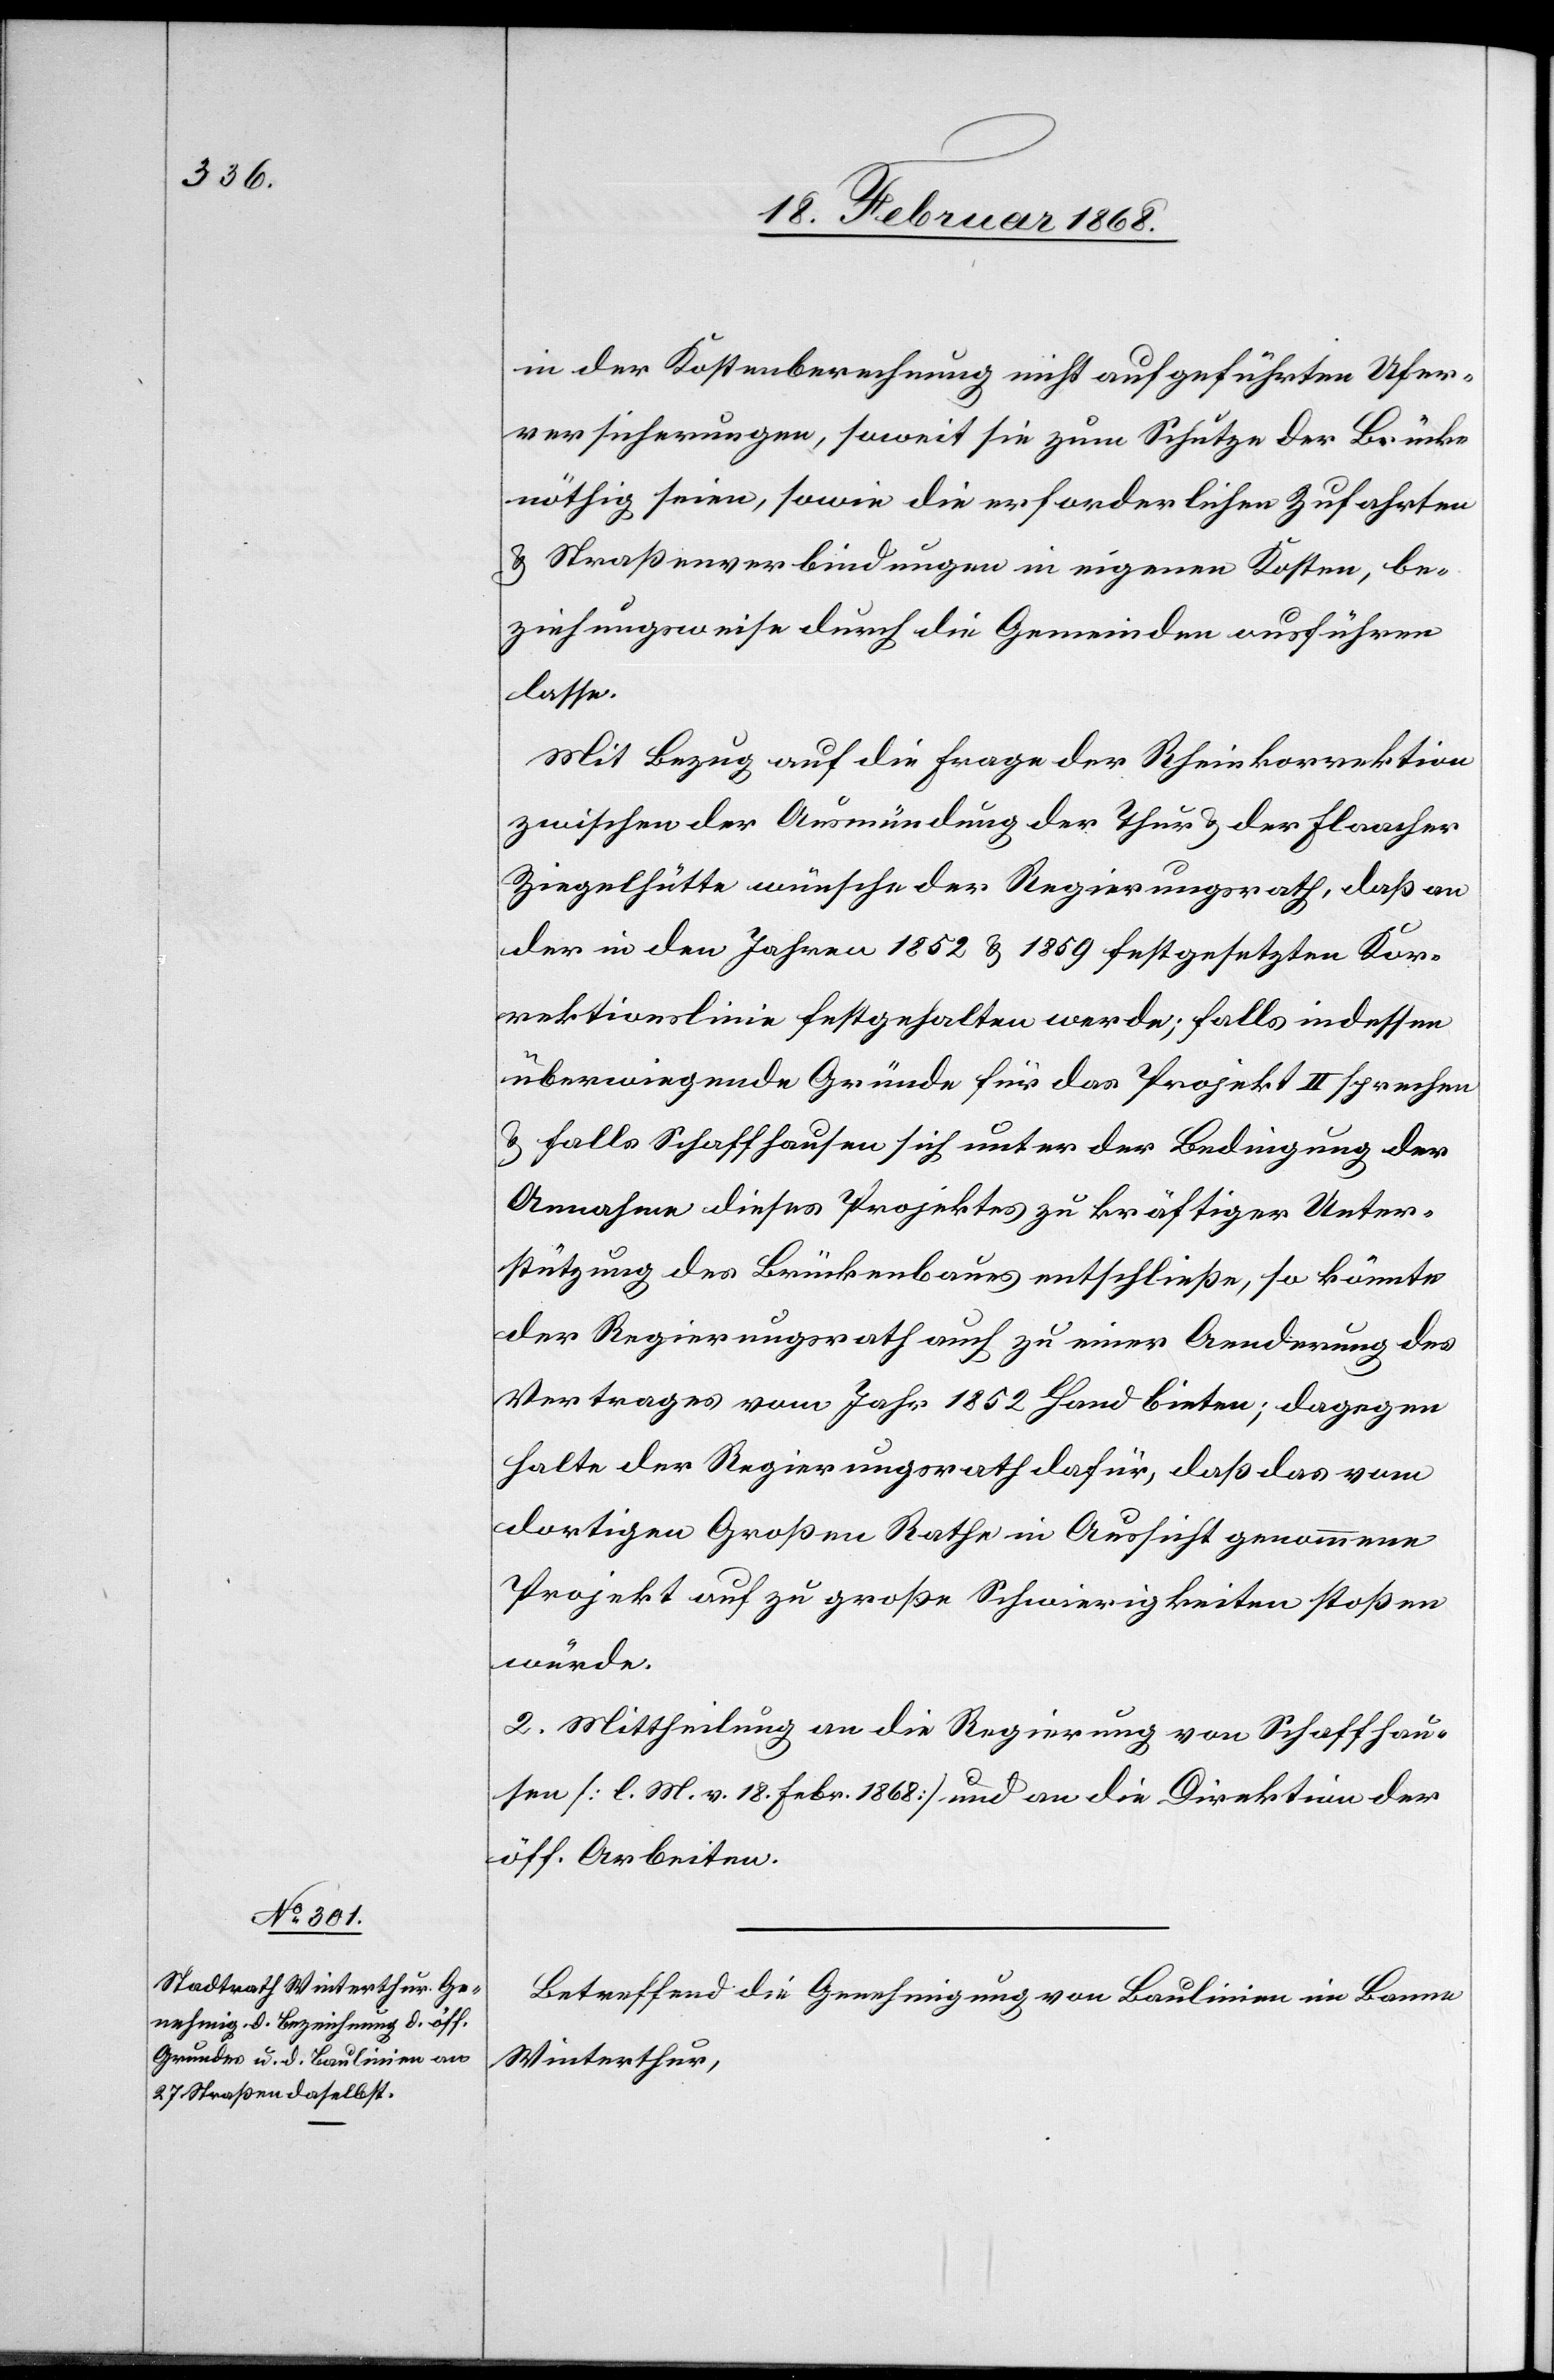
in der Kostenberechnung nicht aufgeführten Ufer¬
versicherungen, soweit sie zum Schutze der Brücke
nöthig seien, sowie die erforderlichen Zufahrten
& Straßenverbindungen in eigenen Kosten, be¬
ziehungsweise durch die Gemeinden ausführen
lasse.
Mit Bezug auf die Frage der Rheinkorrektion
zwischen der Ausmündung der Thur & der Flaacher
Ziegelhütte wünsche der Regierungsrath, daß an
der in den Jahren 1852 & 1859 festgesetzten Kor¬
rektionslinie festgehalten werde; falls indessen
überwiegende Gründe für das Projekt II sprechen
& falls Schaffhausen sich unter der Bedingung der
Annahme dieses Projektes zu kräftiger Unter¬
stützung des Brückenbaues entschließe, so könnte
der Regierungsrath auch zu einer Aenderung des
Vertrages vom Jahr 1852 Hand bieten; dagegen
halte der Regierungsrath dafür, daß das vom
dortigen Großen Rathe in Aussicht genommene
Projekt auf zu große Schwierigkeiten stoßen
würde.
2. Mittheilung an die Regierung von Schaffhau¬
sen [l. M. v. 18. Febr. 1868] und an die Direktion der
öff. Arbeiten.
Betreffend die Genehmigung von Baulinien im Banne
Winterthur,